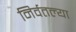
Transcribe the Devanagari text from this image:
निर्वतल्या